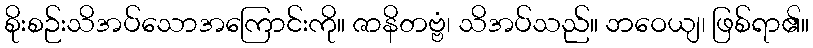
စိုးစဉ်းသိအပ်သောအကြောင်းကို။ ဇာနိတဗ္ဗံ၊ သိအပ်သည်။ ဘဝေယျ၊ ဖြစ်ရာ၏။